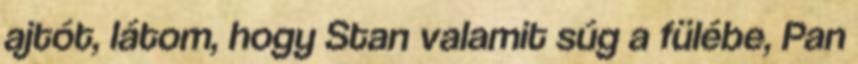
ajtót, látom, hogy Stan valamit súg a fülébe, Pan